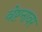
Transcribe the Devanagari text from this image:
वेष्टनावर